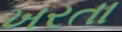
ખરતા